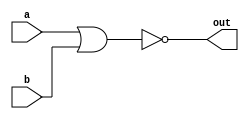
/* 
    https://hdlbits.01xz.net/wiki/Norgate
*/

module top_module( 
    input a, 
    input b, 
    output out );
    assign out = ~(a | b);
endmodule